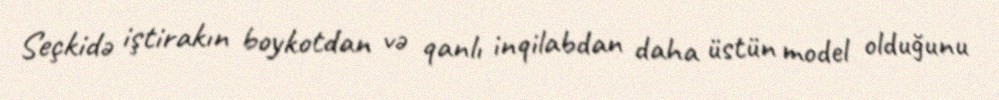
Seçkidə iştirakın boykotdan və qanlı inqilabdan daha üstün model olduğunu